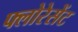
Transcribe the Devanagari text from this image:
फ्लोरेसेंट